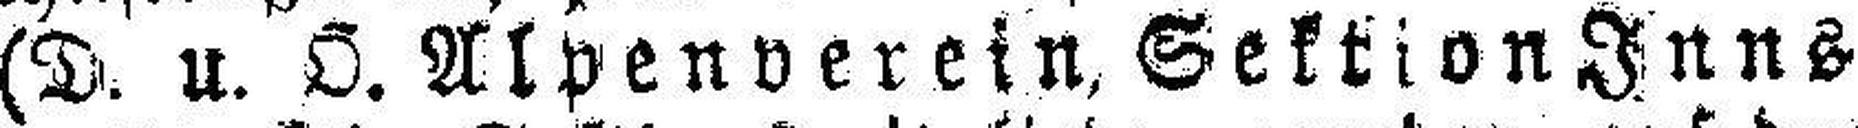
(D. u. Ö. Alpenverein, Sektion Inns¬